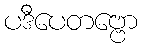
ပဒီပေတဗ္ဗော